Lunatic asylums Madras 1892-1911 - 1892-1911
Year: 1892
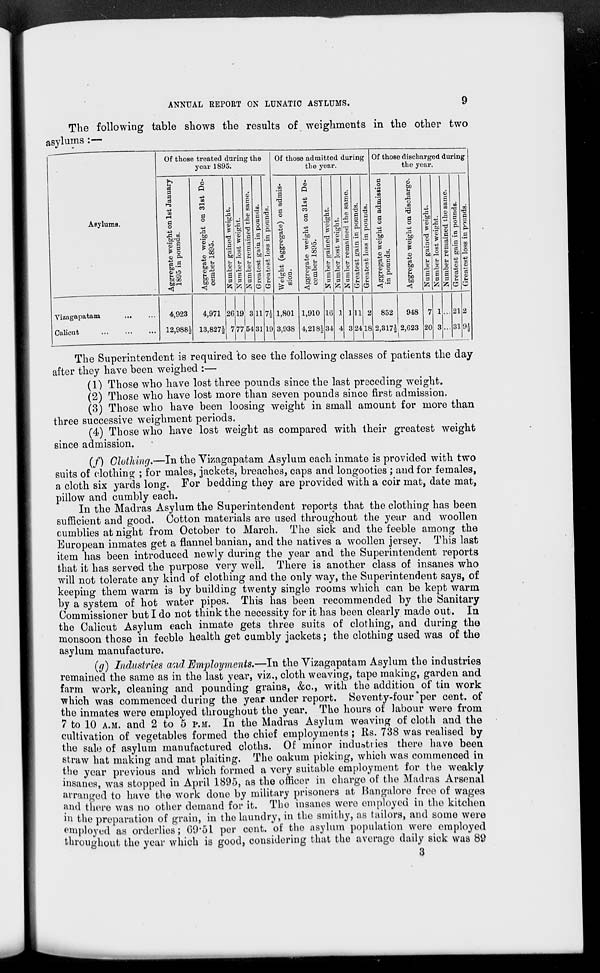
ANNUAL REPORT ON LUNATIC ASYLUMS.
9
The following table shows the results of weighments in the other two
asylums :—
Asylums.
Of those treated during the
year 1895.
Of those admitted during
the year.
Of thoBe discharged during
the year.
Aggregate weight on 1st January
1895 in pounds.
Aggregate weight on 31st De-
cember 1895.
,bc
'5
•a
aj
a
'3
be
5
S
a
ft
'£
f-
■+*
CO
0
U
B
o
E
Cf.
cu
t3
CO
.2
'3
£
0
0)
S
d
SZ»
.2
d
a
.2
d
'3
be
4-
00
s
d
c
a
00
a P
# d
CO
O
oa
01
ed
CO
u
Weight (aggregate) on admis-
sion.
Aggregate weight on 31st De-
cember 1895.
.SP '8
p:
ra
cu
.2
'3
bij
u
co
0
To
'5
CO
(M
CD
B 0
CD
s
ce
CO
CO
-a
£
'5
a
V
SH
OI
5
DO
—
d
0
d.
a
.2
'5
bt
s
»
99
-3
P
0
OH
.2
CO
00
c
,' /.
CO
c8
CO
■-
O
Aggregate weight on admission
in pounds.
CD
be u
a
o
CO
''3
d
o
60
'S
CO
&
CO
E
ho
bo
<
.a
ho
'£
is
CD
.2
'3
ho
CD
2
a
it
'£
43
00
CO
£
a
£
a a
CD
0
d
'3
£
01
a a
CO
ts
d
o
du
_d
'3
he
CO
CD
-*J
c3
CO
C
si
d
?
p.
_s
CO
75
o
CO
CD
CI
CO
u
O
2
Vizagapatam
...
Calicut
4,923
12,988i
4,971
13,827|-
26
7
I
19
77
3
54
11
3]
7i
1!)
1,801
3,938
1,910
4,218^
10
34
\
4
l
3
n
21
2
IS
I
852
2,317i
948
2,623
7
20
1
8
21
31
The Superintendent is required to see the following classes of patients the day
after they have been weighed :—
(1) Those who have lost three pounds since the last preceding weight.
(2) Those who have lost more than seven pounds since first admission.
(3) Those who have been loosing weight in small amount for more than
three successive weighment periods.
(4) Those who have lost weight as compared with their greatest weight
since admission.
(/) Clothing.—In the Vizagapatam Asylum each inmate is provided with two
suits of clothing ; for males, jackets, breaches, caps and longooties ; and for females,
a cloth six yards long. For bedding they are provided with a coir mat, date mat,
pillow and cumbly each.
In the Madras Asylum the Superintendent reports that the clothing has been
sufficient and good. Cotton materials are used throughout the year and woollen
cumblies at night from October to March. The sick and the feeble among the
European inmates get a flannel banian, and the natives a woollen jersey. This last
item has been introduced newly during the year and the Superintendent reports
that it has served the purpose very well. There is another class of insanes who
will not tolerate any kind of clothing and the only way, the Superintendent says, of
keeping them warm is by building twenty single rooms which can be kept warm
by a system of hot water pipes. This has been recommended by the Sanitary
Commissioner but I do not think the necessity for it has been clearly made out. In
the Calicut Asylum each inmate gets three suits of clothing, and during the
monsoon those in feeble health get cumbly jackets; the clothing used was of the
asylum manufacture.
(g) Industries and. Employments.—In the Vizagapatam Asylum the industries
remained the same as in the last year, viz., cloth weaving, tape making, garden and
farm work, cleaning and pounding grains, &c, with the addition of tin work
"which was commenced during the year under report. Seventy-four 'per cent, of
the inmates were employed throughout the year. The hours of labour were from
7 to 10 A.M. and 2 to 5 P.M. In the Madras Asylum weaving of cloth and the
cultivation of vegetables formed the chief employments ; Rs. 738 was realised by
the sale of asylum manufactured cloths. Of minor industries there have been
straw hat making and mat plaiting. The oakum picking, which was commenced in
the year previous and which formed a very suitable employment for the weakly
insanes, was stopped in April 1895, as the officer in charge of the Madras Arsenal
arranged to have the work done by military prisoners at Bangalore free of wages
and there was no other demand for it. The insanes were employed in the kitchen
in the preparation of grain, in the laundry, in the smithy, as tailors, and some were
employed as orderlies; 09*51 per cent, of the asylum population were employed
throughout tho year which is good, considering that the average daily sick was 89
3